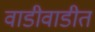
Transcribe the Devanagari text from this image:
वाडीवाडीत